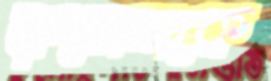
রুমেলকে